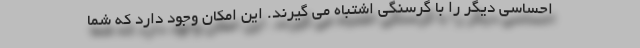
احساسی دیگر را با گرسنگی اشتباه می گیرند. این امکان وجود دارد که شما